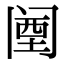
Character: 𬮱